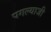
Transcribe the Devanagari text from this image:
पगल्याजी